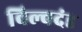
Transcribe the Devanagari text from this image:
विल्वदंड